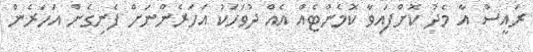
ރައީސް އާ މެދު ކޮށްފައިވާ ކޮމެންޓެއް އެއް ދުވަހަކު އަހަރެންނަށް ފެނިގެން އަހަރެން